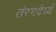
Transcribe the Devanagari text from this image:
तंरगदैर्घ्य